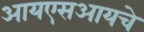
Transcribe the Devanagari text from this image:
आयएसआयचे